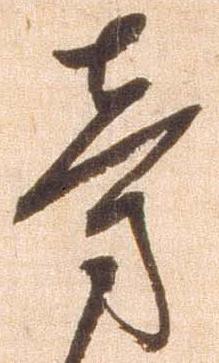
旁